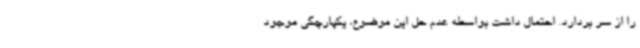
را از سر بردارد. احتمال داشت بواسطه عدم حل این موضوع، یکپارچگی موجود